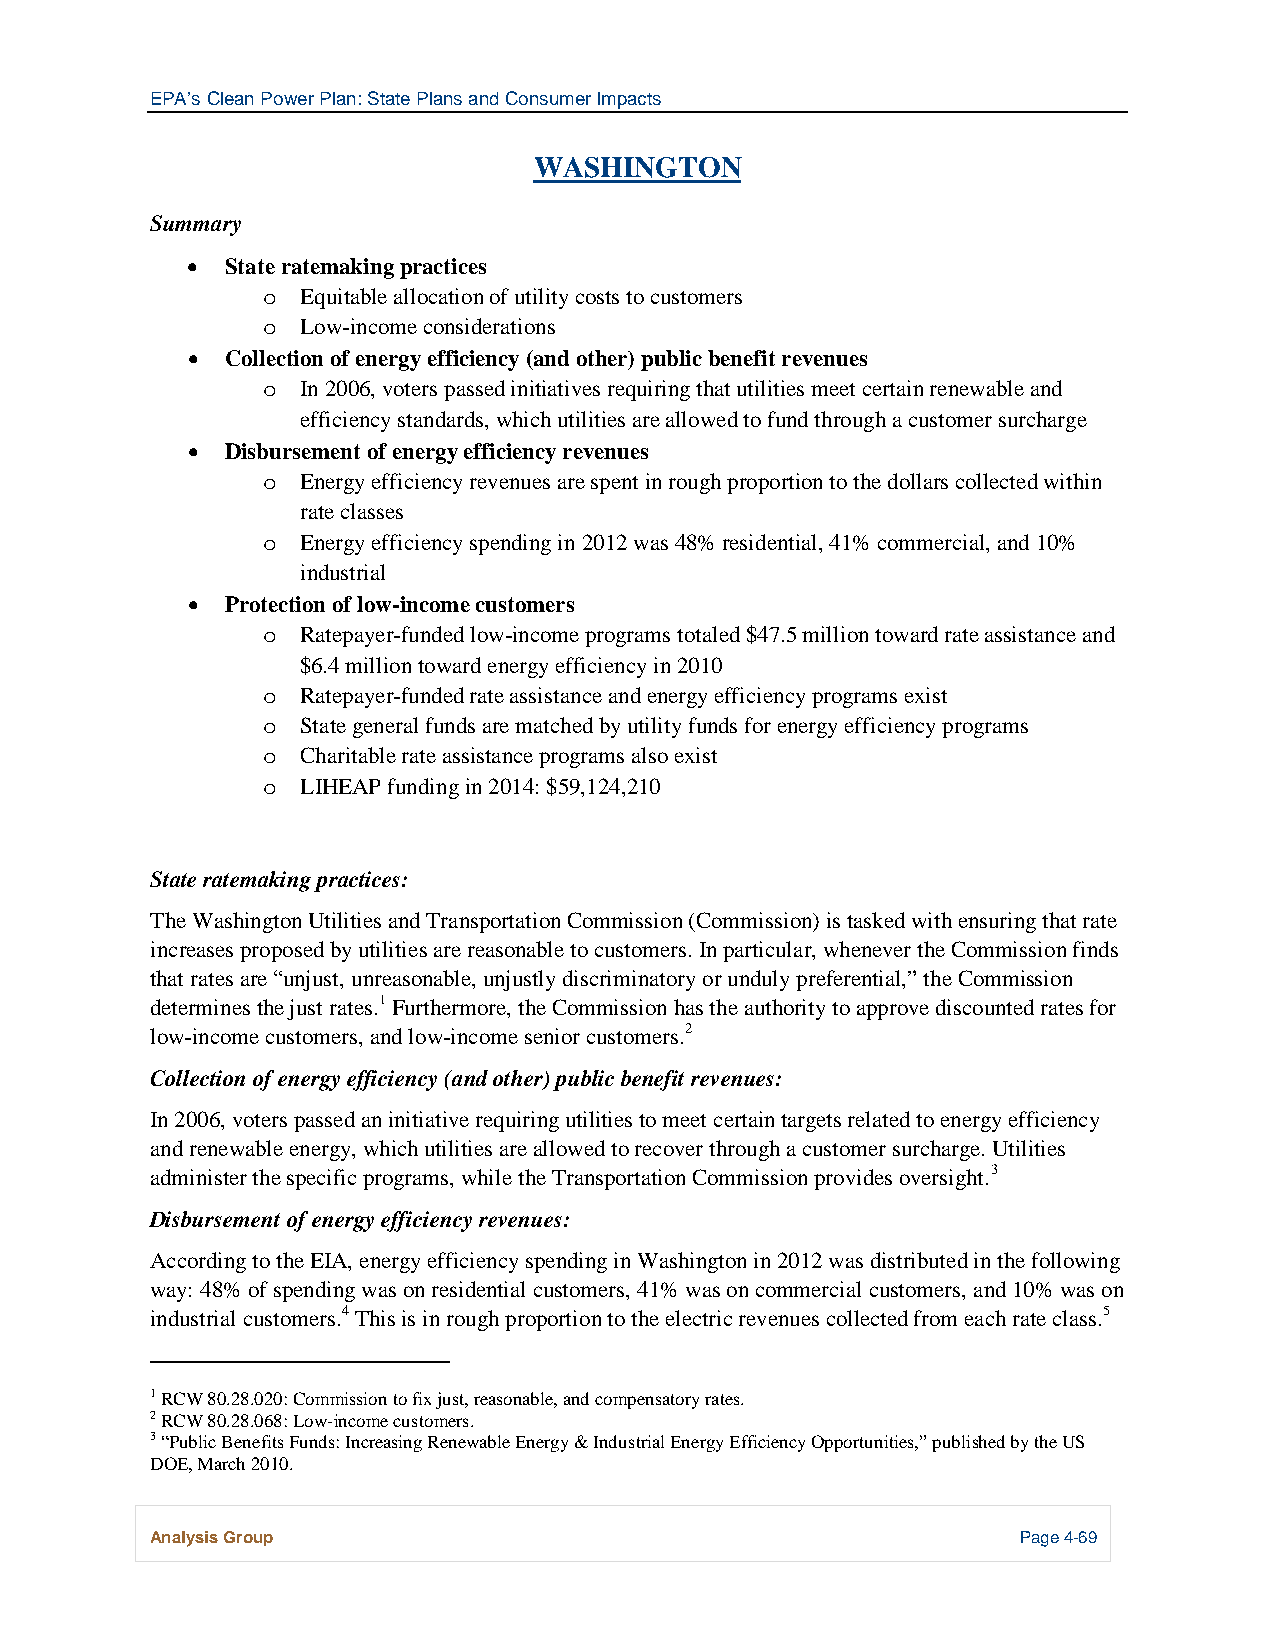
EPA’s Clean Power Plan: State Plans and Consumer Impacts
 WASHINGTON
 Summary
 •  State ratemaking practices
 Equitable allocation of utility costs to customers
 o
 Low-income considerations
 o
 •  Collection of energy efficiency (and other) public benefit revenues
 In 2006, voters passed initiatives requiring that utilities meet certain renewable and
 o
 efficiency standards, which utilities are allowed to fund through a customer surcharge
 •  Disbursement of energy efficiency revenues
 Energy efficiency revenues are spent in rough proportion to the dollars collected within
 o
 rate classes
 Energy efficiency spending in 2012 was 48% residential, 41% commercial, and 10%
 o
 industrial
 •  Protection of low-income customers
 Ratepayer-funded low-income programs totaled $47.5 million toward rate assistance and
 o
 $6.4 million toward energy efficiency in 2010
 Ratepayer-funded rate assistance and energy efficiency programs exist
 o
 State general funds are matched by utility funds for energy efficiency programs
 o
 Charitable rate assistance programs also exist
 o
 LIHEAP funding in 2014: $59,124,210
 o
 State ratemaking practices:
 The Washington Utilities and Transportation Commission (Commission) is tasked with ensuring that rate
 increases proposed by utilities are reasonable to customers. In particular, whenever the Commission finds
 that rates are “unjust, unreasonable, unjustly discriminatory or unduly preferential,” the Commission
 determines the just rates.1 Furthermore, the Commission has the authority to approve discounted rates for
 low-income customers, and low-income senior customers.2
 Collection of energy efficiency (and other) public benefit revenues:
 In 2006, voters passed an initiative requiring utilities to meet certain targets related to energy efficiency
 and renewable energy, which utilities are allowed to recover through a customer surcharge. Utilities
 administer the specific programs, while the Transportation Commission provides oversight.3
 Disbursement of energy efficiency revenues:
 According to the EIA, energy efficiency spending in Washington in 2012 was distributed in the following
 way: 48% of spending was on residential customers, 41% was on commercial customers, and 10% was on
 industrial customers.4 This is in rough proportion to the electric revenues collected from each rate class.5
 1 RCW 80.28.020: Commission to fix just, reasonable, and compensatory rates.
 2 RCW 80.28.068: Low-income customers.
 3 “Public Benefits Funds: Increasing Renewable Energy & Industrial Energy Efficiency Opportunities,” published by the US
 DOE, March 2010.
 Analysis Group                                            Page 4-69